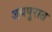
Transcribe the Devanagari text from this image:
जयपुरात